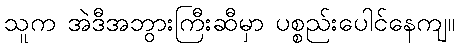
သူက အဲဒီအဘွားကြီးဆီမှာ ပစ္စည်းပေါင်နေကျ။